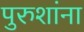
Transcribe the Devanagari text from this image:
पुरुशांना